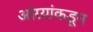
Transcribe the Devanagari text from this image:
आंग्र्‍यांकडून